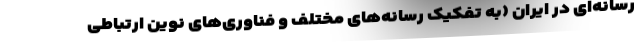
رسانه‌ای در ایران (به تفکیک رسانه‌های مختلف و فناوری‌های نوین ارتباطی